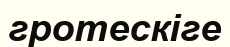
гротескіге